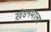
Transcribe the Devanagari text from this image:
खंडनमाला